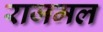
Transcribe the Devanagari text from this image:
राजमल